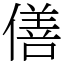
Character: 僐